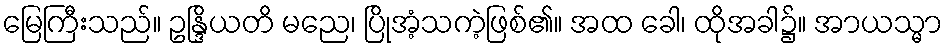
မြေကြီးသည်။ ဥန္ဒြိယတိ မညေ၊ ပြိုအံ့သကဲ့ဖြစ်၏။ အထ ခေါ၊ ထိုအခါ၌။ အာယသ္မာ